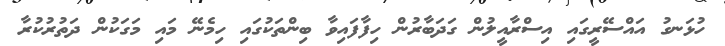
ހުޅަނގު އައްސޭރީގައި އިސްރާއީލުން ގަދަބާރުން ހިފާފައިވާ ބިންތަކުގައި ހިމެނޭ މައި މަގަކުން ދަތުރުކުރާ